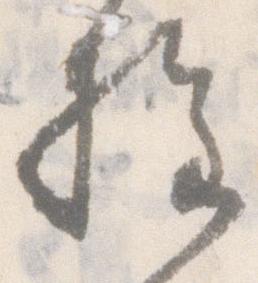
権